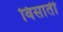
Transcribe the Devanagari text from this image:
विसाती